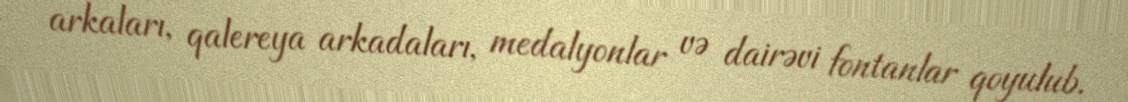
arkaları, qalereya arkadaları, medalyonlar və dairəvi fontanlar qoyulub.